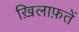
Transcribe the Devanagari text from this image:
ख़िलाफ़तें